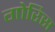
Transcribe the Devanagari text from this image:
गोरिस